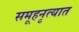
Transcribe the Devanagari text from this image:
समूहनृत्यात